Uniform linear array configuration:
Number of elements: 24
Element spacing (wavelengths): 0.75
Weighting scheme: hann
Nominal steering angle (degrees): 60
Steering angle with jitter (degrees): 61.629
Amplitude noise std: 0.05
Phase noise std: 0.05

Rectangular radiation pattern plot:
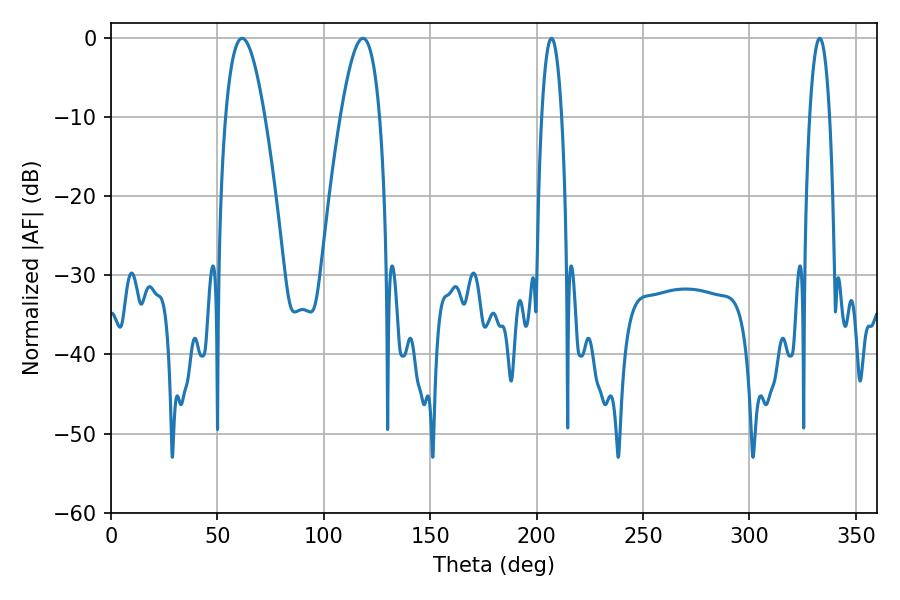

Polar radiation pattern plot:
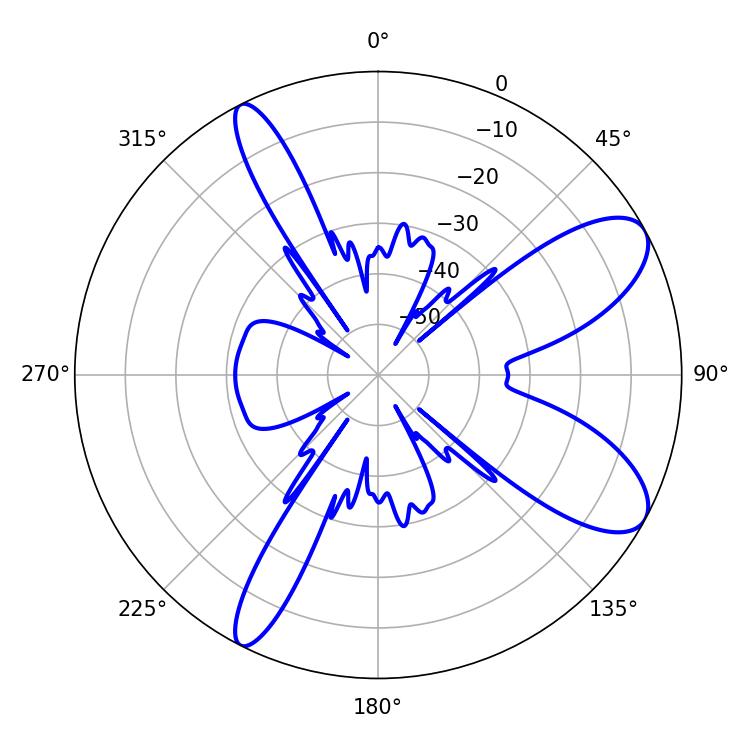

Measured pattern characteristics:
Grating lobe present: TRUE
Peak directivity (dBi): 9.097
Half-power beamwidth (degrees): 5.04
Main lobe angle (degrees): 207